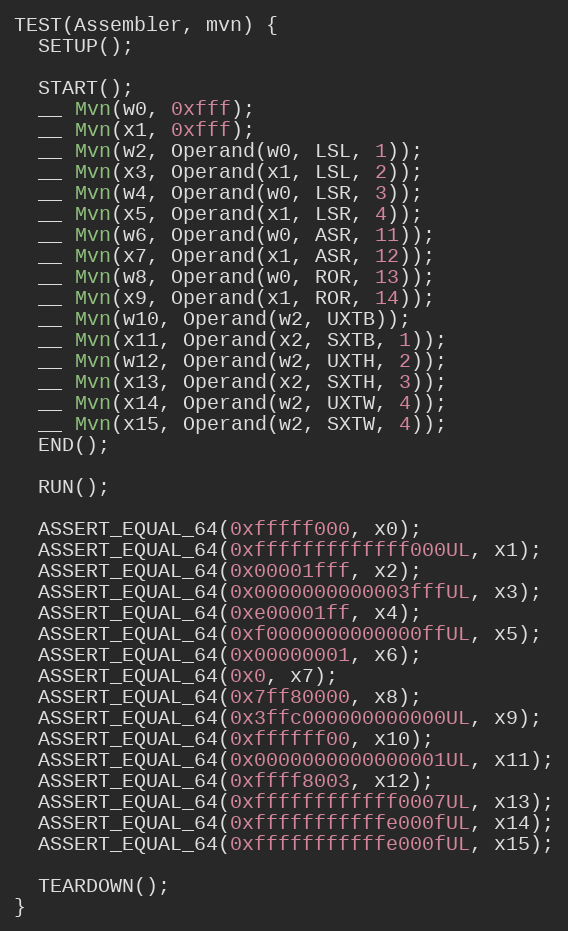
Language: C++
TEST(Assembler, mvn) {
  SETUP();

  START();
  __ Mvn(w0, 0xfff);
  __ Mvn(x1, 0xfff);
  __ Mvn(w2, Operand(w0, LSL, 1));
  __ Mvn(x3, Operand(x1, LSL, 2));
  __ Mvn(w4, Operand(w0, LSR, 3));
  __ Mvn(x5, Operand(x1, LSR, 4));
  __ Mvn(w6, Operand(w0, ASR, 11));
  __ Mvn(x7, Operand(x1, ASR, 12));
  __ Mvn(w8, Operand(w0, ROR, 13));
  __ Mvn(x9, Operand(x1, ROR, 14));
  __ Mvn(w10, Operand(w2, UXTB));
  __ Mvn(x11, Operand(x2, SXTB, 1));
  __ Mvn(w12, Operand(w2, UXTH, 2));
  __ Mvn(x13, Operand(x2, SXTH, 3));
  __ Mvn(x14, Operand(w2, UXTW, 4));
  __ Mvn(x15, Operand(w2, SXTW, 4));
  END();

  RUN();

  ASSERT_EQUAL_64(0xfffff000, x0);
  ASSERT_EQUAL_64(0xfffffffffffff000UL, x1);
  ASSERT_EQUAL_64(0x00001fff, x2);
  ASSERT_EQUAL_64(0x0000000000003fffUL, x3);
  ASSERT_EQUAL_64(0xe00001ff, x4);
  ASSERT_EQUAL_64(0xf0000000000000ffUL, x5);
  ASSERT_EQUAL_64(0x00000001, x6);
  ASSERT_EQUAL_64(0x0, x7);
  ASSERT_EQUAL_64(0x7ff80000, x8);
  ASSERT_EQUAL_64(0x3ffc000000000000UL, x9);
  ASSERT_EQUAL_64(0xffffff00, x10);
  ASSERT_EQUAL_64(0x0000000000000001UL, x11);
  ASSERT_EQUAL_64(0xffff8003, x12);
  ASSERT_EQUAL_64(0xffffffffffff0007UL, x13);
  ASSERT_EQUAL_64(0xfffffffffffe000fUL, x14);
  ASSERT_EQUAL_64(0xfffffffffffe000fUL, x15);

  TEARDOWN();
}